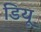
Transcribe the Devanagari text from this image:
डियू